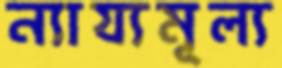
ন্যায্যমূল্য